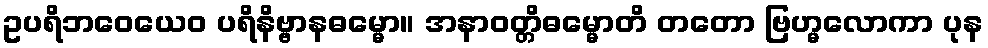
ဥပရိဘဝေယေဝ ပရိနိဗ္ဗာနဓမ္မော။ အနာဝတ္တိဓမ္မောတိ တတော ဗြဟ္မလောကာ ပုန